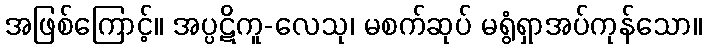
အဖြစ်ကြောင့်။ အပ္ပဋိကူ-လေသု၊ မစက်ဆုပ် မရွံရှာအပ်ကုန်သော။